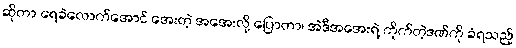
ဆိုတာ ရေခဲလောက်အောင် အေးတဲ့ အအေးလို့ ပြောတာ၊ အဲဒီအအေးရဲ့ ကိုက်တဲ့ဒဏ်ကို ခံရသည့်